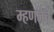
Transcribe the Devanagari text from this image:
म्हणजेचे